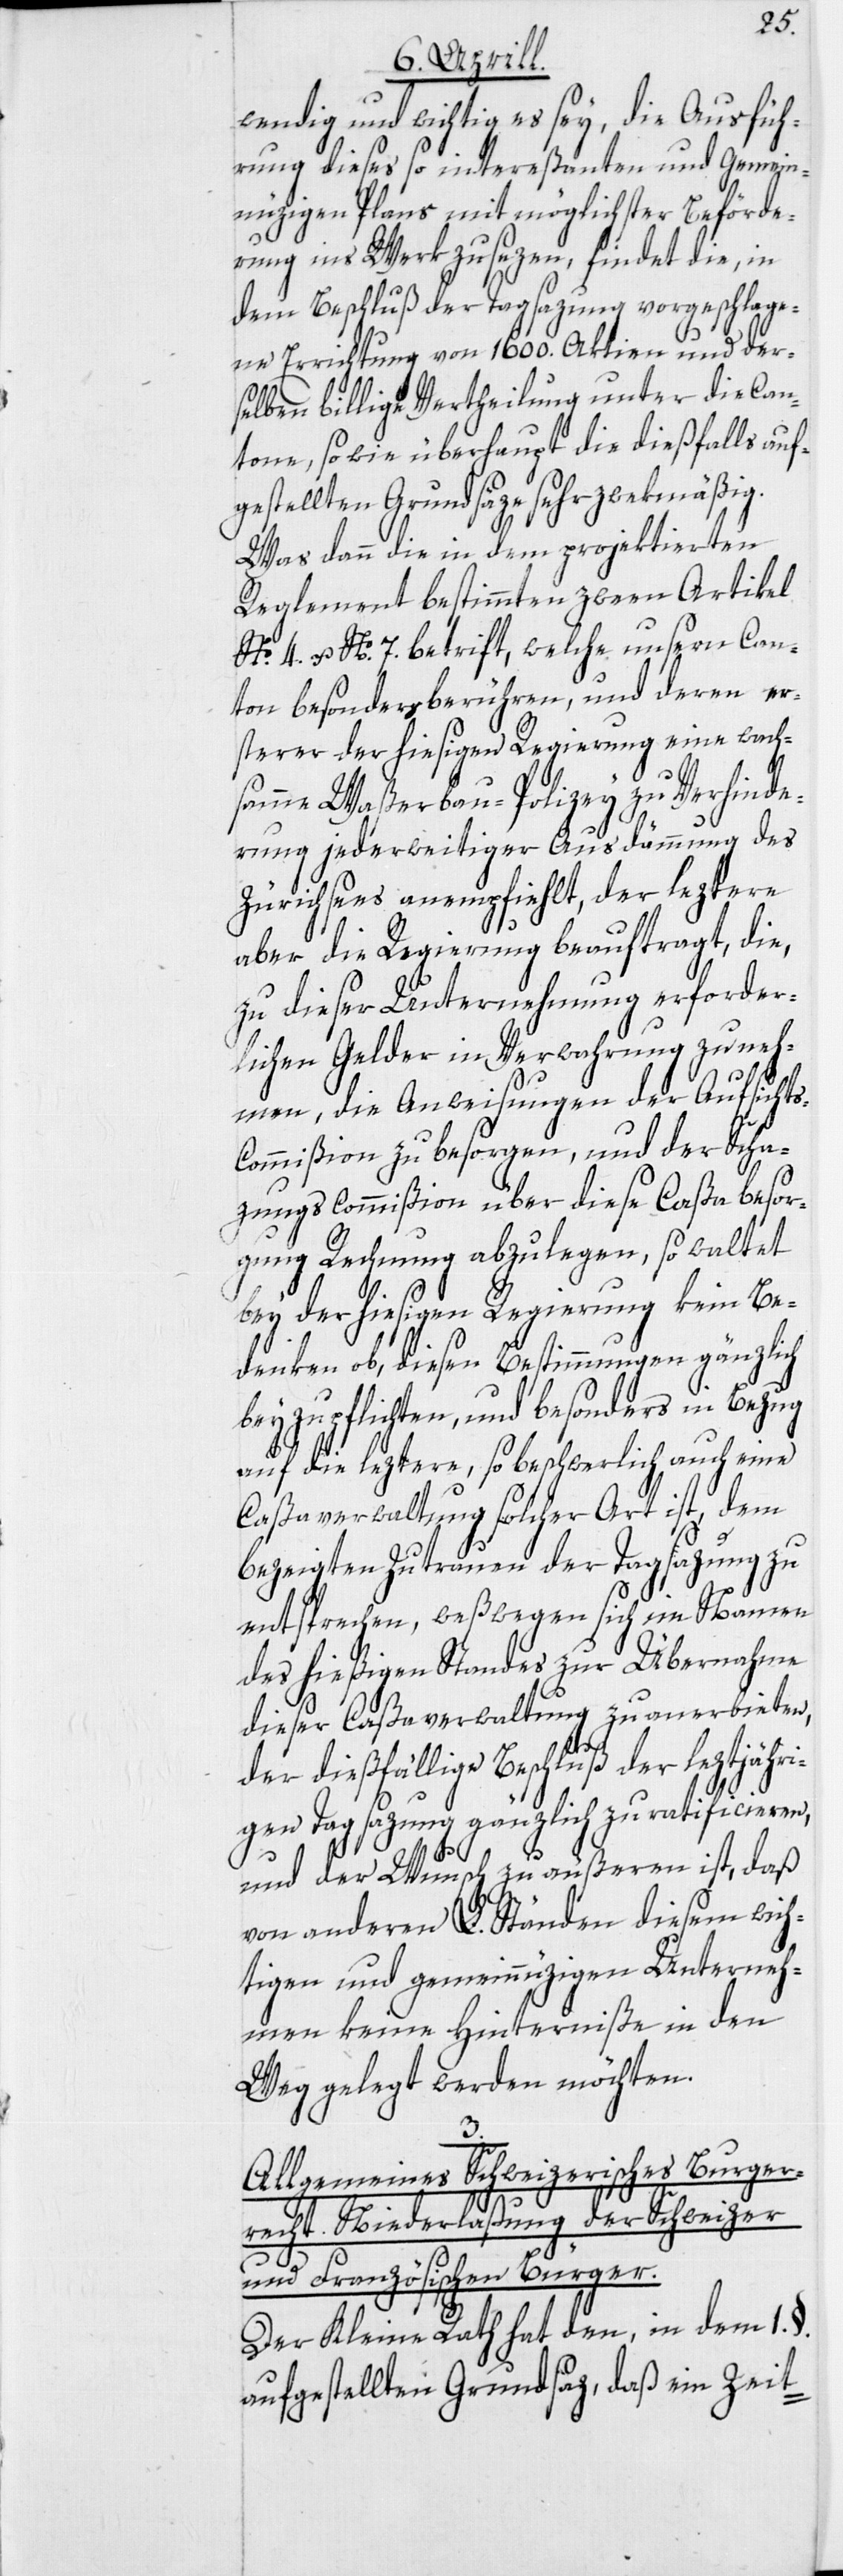
wendig und wichtig es sey, die Ausfüh¬
rung dieses so intereßanten und Gemein¬
nüzigen Plans mit möglichster Beförde¬
rung ins Werk zu sezen, findet die, in
dem Beschluß der Tagsazung vorgeschlage¬
ne Errichtung von 1600. Aktien und der¬
selben billige Vertheilung unter die Can¬
tone, sowie überhaupt die dießfalls auf¬
gestellten Grundsäze sehr zwekmäßig.
Was dann die in dem projektierten
Reglement bestimmten zween Artikel
No. 4. u. No. 7. betrif[f]t, welche unsern Can¬
ton besonders berühren, und deren er¬
sterer der hiesigen Regierung eine wach¬
samme Waßerbau-Polizey zu Verhinde¬
rung jederweitiger Ausdämmung des
Zürichsees anempfiehlt, der leztere
aber die Regierung beauftragt, die,
zu dieser Unternehmung erforder¬
lichen Gelder in Verwahrung zu neh¬
men, die Anweisungen der Aufsicht¬
s-Commißion zu besorgen, und der Scha¬
zungscommißion über diese Caßabesor¬
gung Rechnung abzulegen, so waltet
bey der hiesigen Regierung kein Be¬
denken ob, diesen Bestimmungen gänzlich
beyzupflichten, und besonders in Bezug
auf die leztere, so beschwerlich auch eine
Caßaverwaltung solcher Art ist, dem
bezeigten Zutrauen der Tagsazung zu
entsprechen, weßwegen sich im Namen
des hießigen Standes zur Übernahme
dieser Caßaverwaltung zu anerbieten,
der dießfällige Beschluß der leztjähri¬
gen Tagsazung gänzlich zu ratificieren,
und der Wunsch zu äußeren ist, daß
von anderen L. Ständen diesem wich¬
tigen und gemeinnüzigen Unterneh¬
men keine Hinterniße in den
Weg gelegt werden möchten.
3.
Allgemeines Schweizerisches Burger¬
recht. Niederlaßung der Schweizer
und Französischen Bürger.
Der Kleine Rath hat den, in dem 1.
aufgestellten Grundsaz, daß ein Zeit-